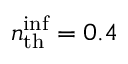
n _ { \mathrm { t h } } ^ { \mathrm { i n f } } = 0 . 4